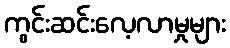
ကွင်းဆင်းလေ့လာမှုများ